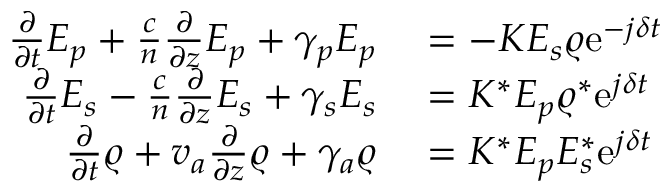
\begin{array} { r l } { \frac { \partial } { \partial t } E _ { p } + \frac { c } { n } \frac { \partial } { \partial z } E _ { p } + \gamma _ { p } E _ { p } } & { { } = - K E _ { s } \varrho \mathrm { e } ^ { - j \delta t } } \\ { \frac { \partial } { \partial t } E _ { s } - \frac { c } { n } \frac { \partial } { \partial z } E _ { s } + \gamma _ { s } E _ { s } } & { { } = K ^ { * } E _ { p } \varrho ^ { * } \mathrm { e } ^ { j \delta t } } \\ { \frac { \partial } { \partial t } \varrho + v _ { a } \frac { \partial } { \partial z } \varrho + \gamma _ { a } \varrho } & { { } = K ^ { * } E _ { p } E _ { s } ^ { * } \mathrm { e } ^ { j \delta t } } \end{array}